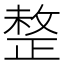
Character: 𢿄